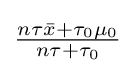
{\textstyle {\frac {n\tau {\bar {x}}+\tau _{0}\mu _{0}}{n\tau +\tau _{0}}}}